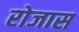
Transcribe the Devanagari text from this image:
रोजास